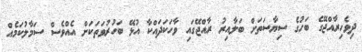
ދިވެހިރާއްޖޭގެ ބަހުގެ ސިޔާސަތަށް ބަލާއިރު ރާއްޖޭގައި ވާހަކަދައްކާ އުޅޭ ބަހުރުވަތަކަށް އެއްވެސް ސަމާލުކަމެއް